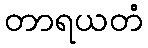
တာရယတံ